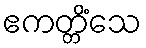
ဧကတ္တိံသေ